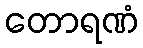
တောရဏံ